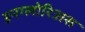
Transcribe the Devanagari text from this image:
इनग्लोरिअस